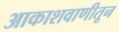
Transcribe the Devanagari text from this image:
आकाशवाणीतून